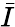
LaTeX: \bar{I}